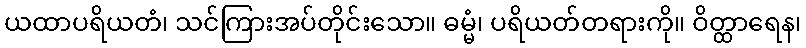
ယထာပရိယတံ၊ သင်ကြားအပ်တိုင်းသော။ ဓမ္မံ၊ ပရိယတ်တရားကို။ ဝိတ္ထာရေန၊